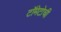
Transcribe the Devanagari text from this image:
टॉमेटोची